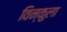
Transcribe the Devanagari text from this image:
विन्कुला